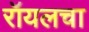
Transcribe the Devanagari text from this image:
रॉयलचा